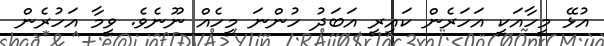
އުޅޭ މީހާއަކީ އަހަރެން ކައިރީ އަބަދު ހުންނަ މީހެއް ނޫނެވެ. ވީމާ އަހުރެން